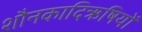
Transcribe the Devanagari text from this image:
शौनकादिऋषियों